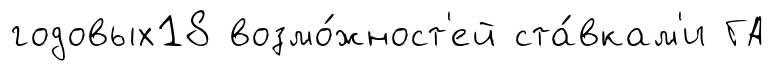
годовых18 возмо́жност'ей ста́вкам'и ГА